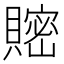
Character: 𧷦